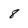
Character: 8